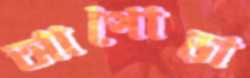
আপোড়া